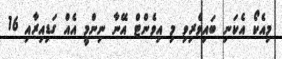
މިއެކޯ އެކަނި ބައިވެރިވި މި އިވެންޓް އޭނާ ނިންމީ އެއް ގަޑިއިރާއި 16